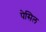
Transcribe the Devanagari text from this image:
पेसिल